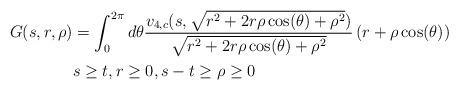
LaTeX: \begin{align*} G(s,r,\rho) &=\int_{0}^{2\pi} d\theta \frac{v_{4,c}(s,\sqrt{r^{2}+2 r \rho \cos(\theta) + \rho^{2}})}{\sqrt{r^{2}+2 r \rho \cos(\theta) + \rho^{2}}} \left(r+\rho \cos(\theta)\right)\\& s \geq t,r \geq 0,s-t \geq \rho \geq 0\end{align*}